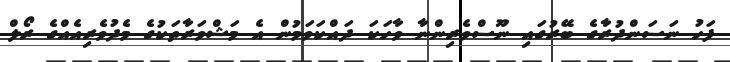
ފަހު ނަސަންދުރާގެ ބޭރުގައި ނޫސްވެރިންނާ ވާހަކަ ދައްކަވަމުން އެ މަޝްވަރާތަކުގެ މެދުވެރިއެއްގެ ރޯލް